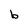
Character: b